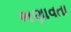
ભણાવતા